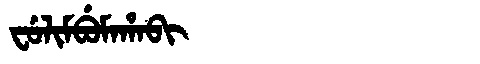
Manchu: ᠸᡠᠯᡳᠮᠪᡠᠮᠠᡥᠠᠪᡳ
Romanization: FULIMBUMAHABI